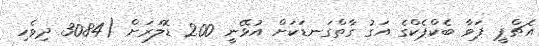
އެޗްޕީ ޕަވާ ބެކްޕެކްގެ އަގު ގާތްގަނޑަކަށް އުޅޭނީ 200 ޑޮލަރަށް (3084 ދިވެހި